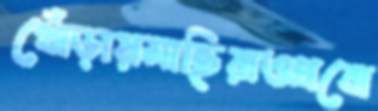
খোঁড়ায়মাছিরাওপ্রবো